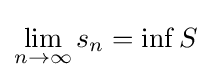
\lim _{n\to \infty }s_{n}=\inf S